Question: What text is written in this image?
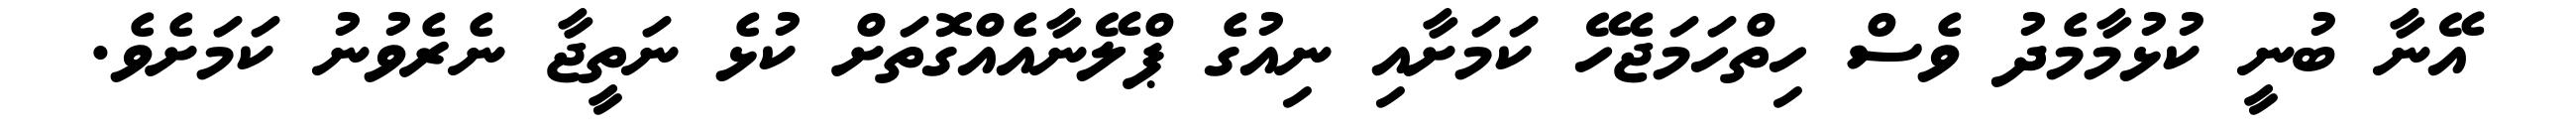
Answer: އޭނާ ބުނީ ކުޅުމާމެދު ވެސް ހިތްހަމަޖެހޭ ކަމަށާއި ނިއުގެ ޕްލޭނާއެއްގޮތަށް ކުޅެ ނަތީޖާ ނެރެވުނު ކަމަށެވެ.